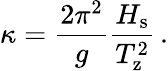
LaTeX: \kappa=\frac{2\pi^{2}}{g}\frac{H_{\mathrm{s}}}{T_{\mathrm{z}}^{2}}\, .